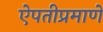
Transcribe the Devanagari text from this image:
ऐपतीप्रमाणे